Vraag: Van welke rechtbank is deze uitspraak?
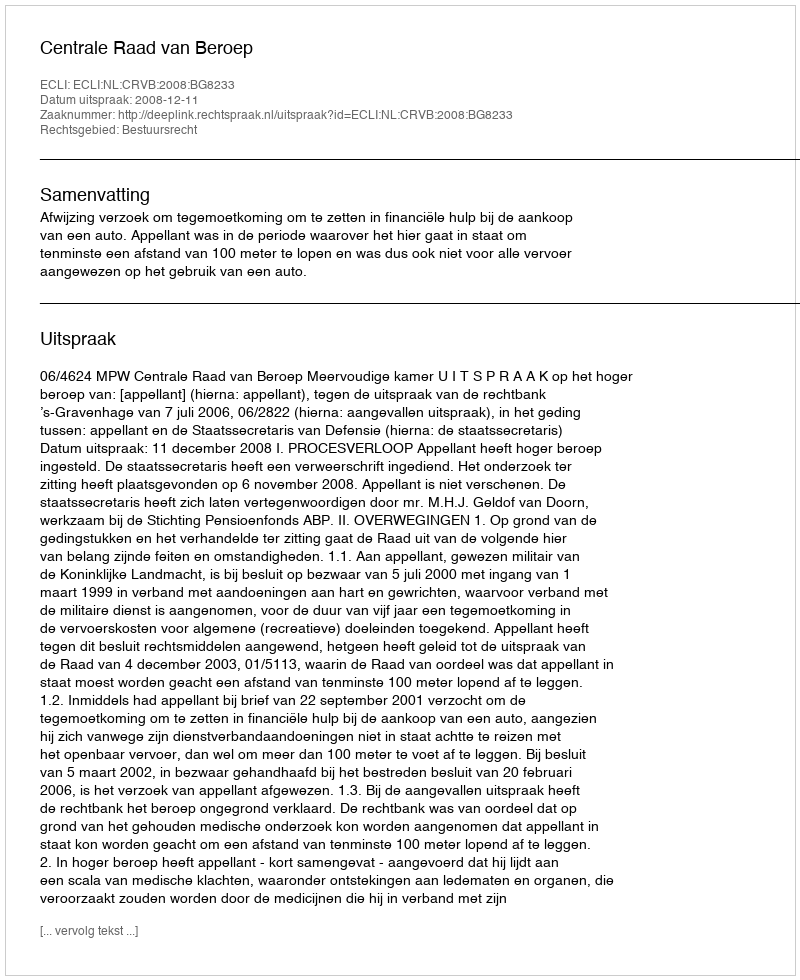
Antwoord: Centrale Raad van Beroep